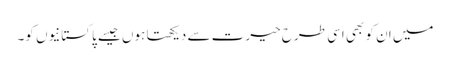
میں ان کو بھی اسی طرح حیرت سے دیکھتا ہوں جیسے پاکستانیوں کو۔